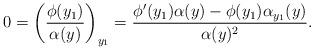
LaTeX: \begin{align*}0= \left(\frac{\phi(y_1)}{\alpha(y)} \right)_{y_1}= \frac{\phi'(y_1) \alpha(y) - \phi(y_1) \alpha_{y_1}(y)}{\alpha(y)^2}.\end{align*}